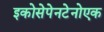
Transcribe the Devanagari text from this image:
इकोसेपेनटेनोएक